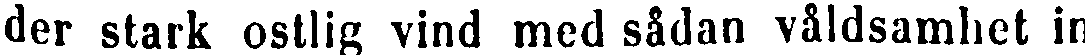
der stark ostlig vind med sådan våldsamhet in